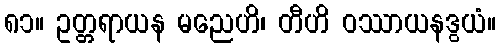
၈၁။ ဥတ္တရာယန မညေဟိ၊ တီဟိ ဝဿာယနဒွယံ။